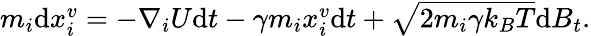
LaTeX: \begin{array}{r}{m_{i}\mathrm{d}x_{i}^{v}=-\nabla_{i}U\mathrm{d}t-\gamma m_{i}x_{i}^{v}\mathrm{d}t+\sqrt{2m_{i}\gamma k_{B}T}\mathrm{d}B_{t}.}\end{array}